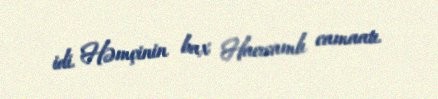
idi. Həmçinin bax Hacısamlı camaatı.